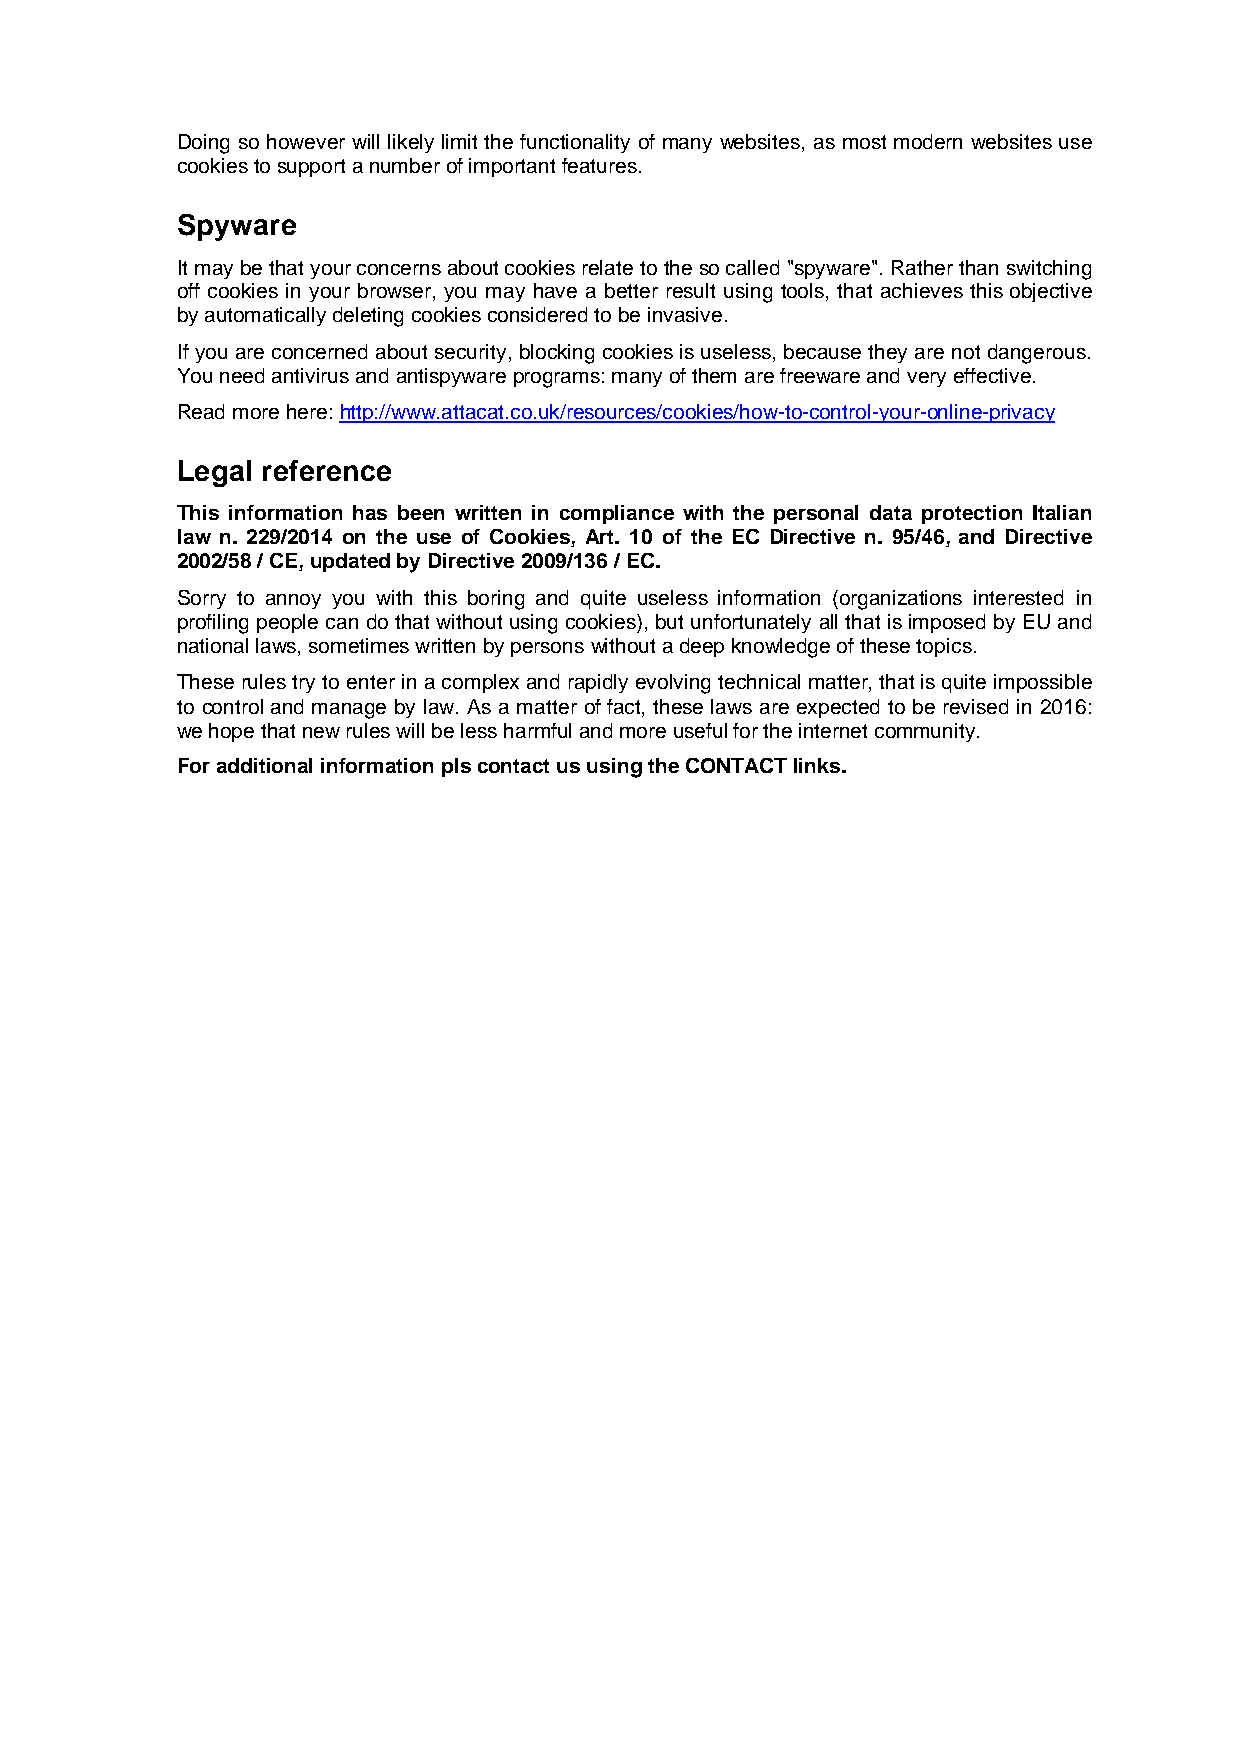
Doing so however will likely limit the functionality of many websites, as most modern websites use
 cookies to support a number of important features.
 Spyware
 It may be that your concerns about cookies relate to the so called "spyware". Rather than switching
 off cookies in your browser, you may have a better result using tools, that achieves this objective
 by automatically deleting cookies considered to be invasive.
 If you are concerned about security, blocking cookies is useless, because they are not dangerous.
 You need antivirus and antispyware programs: many of them are freeware and very effective.
 Read more here: http://www.attacat.co.uk/resources/cookies/how-to-control-your-online-privacy
 Legal reference
 This information has been written in compliance with the personal data protection Italian
 law n. 229/2014 on the use of Cookies, Art. 10 of the EC Directive n. 95/46, and Directive
 2002/58 / CE, updated by Directive 2009/136 / EC.
 Sorry to annoy you with this boring and quite useless information (organizations interested in
 profiling people can do that without using cookies), but unfortunately all that is imposed by EU and
 national laws, sometimes written by persons without a deep knowledge of these topics.
 These rules try to enter in a complex and rapidly evolving technical matter, that is quite impossible
 to control and manage by law. As a matter of fact, these laws are expected to be revised in 2016:
 we hope that new rules will be less harmful and more useful for the internet community.
 For additional information pls contact us using the CONTACT links.